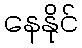
နေနိုင်